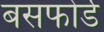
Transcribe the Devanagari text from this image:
बसफोर्ड